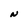
Character: N